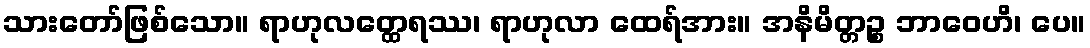
သားတော်ဖြစ်သော။ ရာဟုလတ္ထေရဿ၊ ရာဟုလာ ထေရ်အား။ အနိမိတ္တဉ္စ ဘာဝေဟိ၊ ပေ။